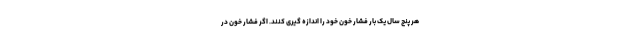
هر پنج سال یک بار فشار خون خود را اندازه گیری کنند. اگر فشار خون در